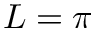
L = \pi